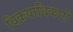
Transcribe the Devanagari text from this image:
विक्रयाधिकारों